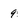
Character: 9